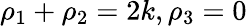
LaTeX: \rho_{1}+\rho_{2}=2k,\rho_{3}=0